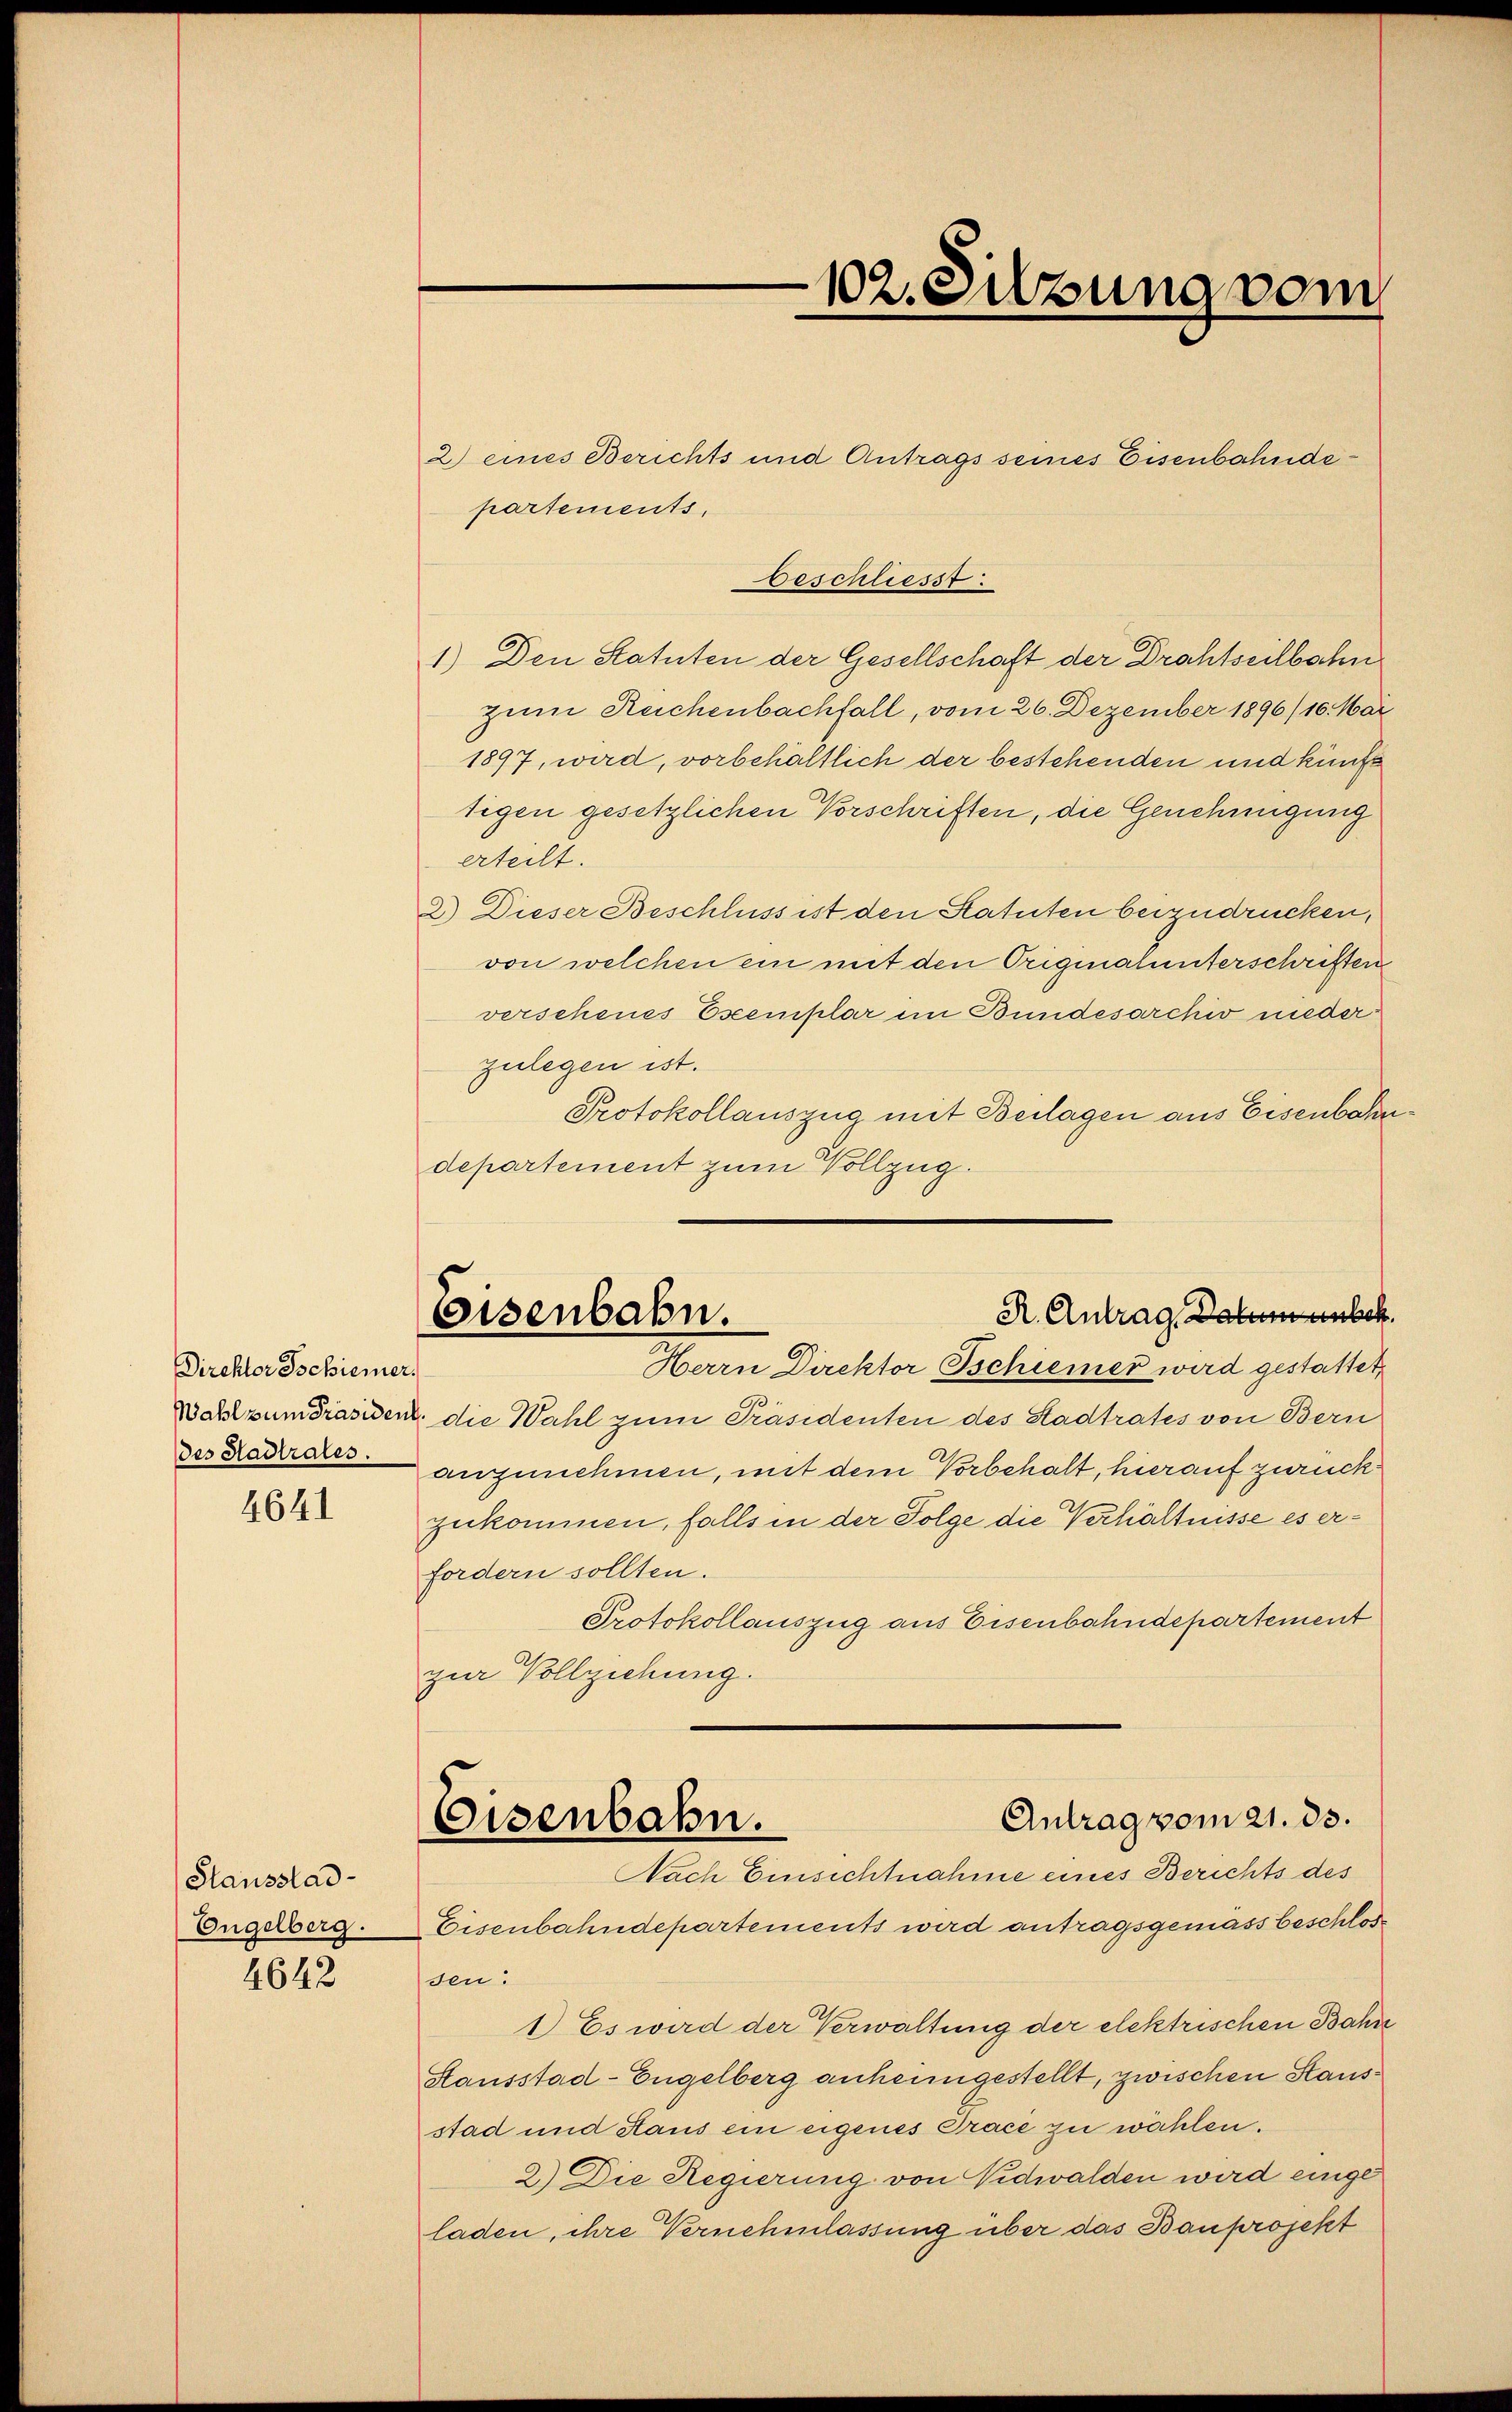
Direktor Schiener.
des Stadtrales.

4641

Stausstad
Engelberg.

4642

2) eines Berichts und Antrags seines Eisenbahndepartements.
Beschliesst:
1.) Den Statuten der Gesellschaft der Drahtseilbahn
zum Reichenbachfall, vom 26. Dezember 1896/10. Mar
1897, wird, vorbehältlich der bestehenden und künft
tigen gesetzlichen Vorschriften, die Genehmigung
erteilt.
2) Dieser Beschluss ist den Statuten beizudrücken,
von welchen ein mit den Originalunterschriften
verschenes Escemplar im Bundesarchiv niederzulegen ist.
Protokollauszug mit Beilagen aus Eisenbahndepartement zum Vollzug.

102. Sitzung vom

R. Antrag Datum unbek
Eisenbahn.
Herrn Direktor Tschiener wird gestattet,

Wahlzumdräsident die Wahl zum Präsidenten des Stadtrates von Bern
anzunehmen, mit dem Vorbehalt, hierauf zurückzukommen, falls in der Folge die Verhältnisse es erfordern sollten.
Protokollauszug aus Eisenbahndepartement
zur Vollziehung.
Antrag vom 21. ds.
Eisenbahn.
Nach Einsichtnahme eines Berichts des
Eisenbahndepartements wird antragsgemäss beschlossen:
1 Es wird der Verwaltung der elektrischen Bahn
Stausstad-Engelberg anheimgestellt, zwischen Stausstad und Haus ein eigenes Trace zu wählen.
2.) Die Regierung von Nidwalden wird eingeladen, ihre Vernehmlassung über das Bauprojekt